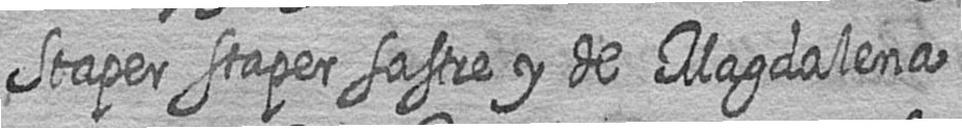
Staper staper sastre y de Magdalena